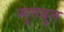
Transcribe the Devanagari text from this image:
सुतबुत